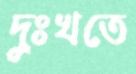
দুঃখতে